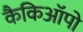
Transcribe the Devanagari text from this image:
कैकिऑपो